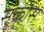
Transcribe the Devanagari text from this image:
सुकोस